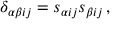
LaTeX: \delta _ { \alpha \beta i j } = s _ { \alpha i j } s _ { \beta i j } \, ,